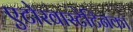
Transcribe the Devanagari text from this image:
एटोरवास्टेटिनका